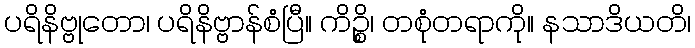
ပရိနိဗ္ဗုတော၊ ပရိနိဗ္ဗာန်စံပြီ။ ကိဉ္စိ၊ တစုံတရာကို။ နသာဒိယတိ၊